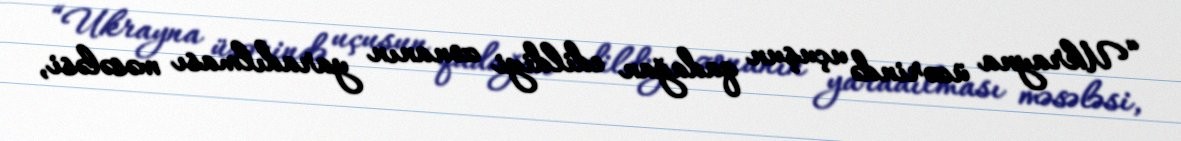
“Ukrayna üzərində uçuşun qadağan edildiyi zonanın yaradılması məsələsi,